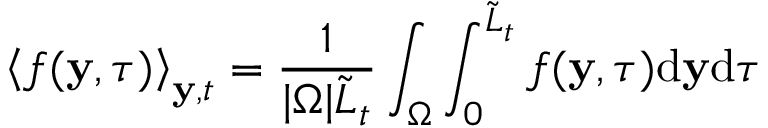
\left\langle f ( \mathbf { y } , \tau ) \right\rangle _ { \mathbf { y } , t } = \frac { 1 } { | \Omega | \tilde { L } _ { t } } \int _ { \Omega } ^ { } \int _ { 0 } ^ { \tilde { L } _ { t } } f ( \mathbf { y } , \tau ) \mathrm { d } \mathbf { y } \mathrm { d } \tau